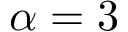
\alpha = 3